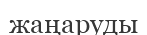
жаңаруды